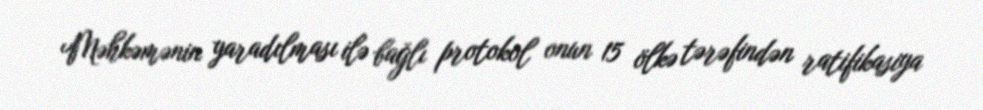
Məhkəmənin yaradılması ilə bağlı protokol onun 15 ölkə tərəfindən ratifikasiya